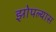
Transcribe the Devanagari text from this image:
झोपल्यास